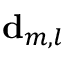
{ \bf { d } } _ { m , l }